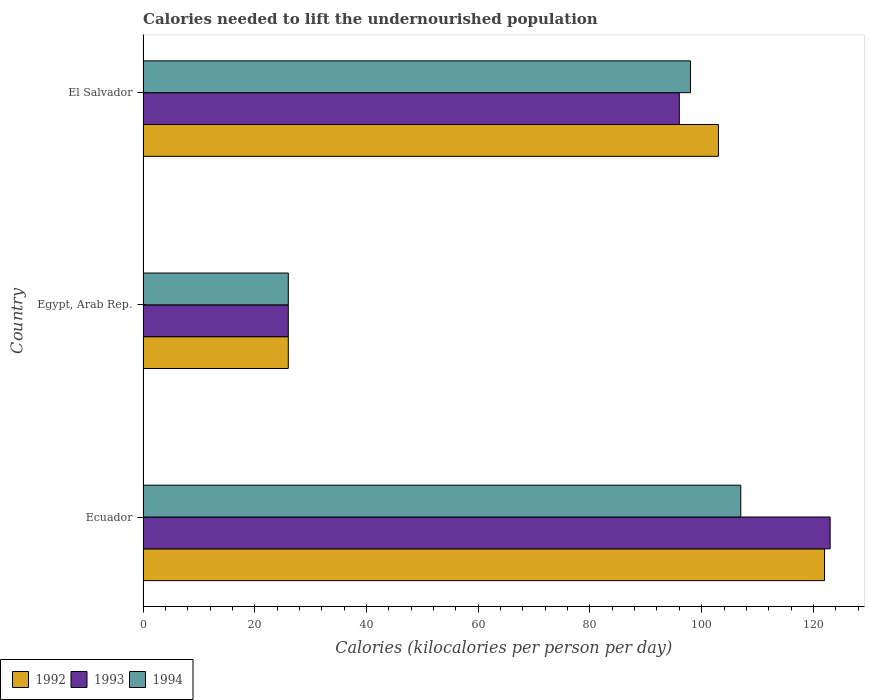
| Country | 1992 | 1993 | 1994 |
 | --- | --- | --- | --- |
 | Ecuador | 122 | 123 | 107 |
 | Egypt, Arab Rep. | 26 | 26 | 26 |
 | El Salvador | 103 | 96 | 98 |